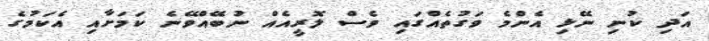
އަދި ކުނި ނޭޅި އެންމެ ވަގުތެއްގައި ވެސް ލޮރީއެއް ނުބޭއްވޭނެ ކަމަށާއި އެކަމުގެ